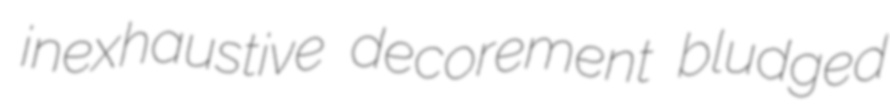
inexhaustive decorement bludged